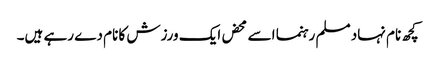
کچھ نام نہاد مسلم رہنما اسے محض ایک ورزش کا نام دے رہے ہیں۔